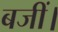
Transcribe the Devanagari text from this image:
बजीं।